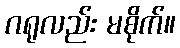
ဂရုလည်း မစိုက်။